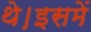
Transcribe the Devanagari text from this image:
थे।इसमें